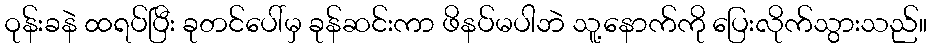
ဝုန်းခနဲ ထရပ်ပြီး ခုတင်ပေါ်မှ ခုန်ဆင်းကာ ဖိနပ်မပါဘဲ သူ့နောက်ကို ပြေးလိုက်သွားသည်။